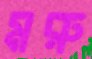
মরু